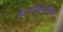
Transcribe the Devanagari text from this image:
हेटरोडिमेरिक